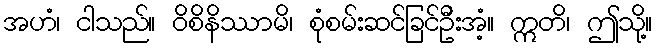
အဟံ၊ ငါသည်။ ဝိစိနိဿာမိ၊ စုံစမ်းဆင်ခြင်ဦးအံ့။ ဣတိ၊ ဤသို့။